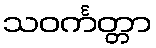
သဝင်္ကတ္တာ